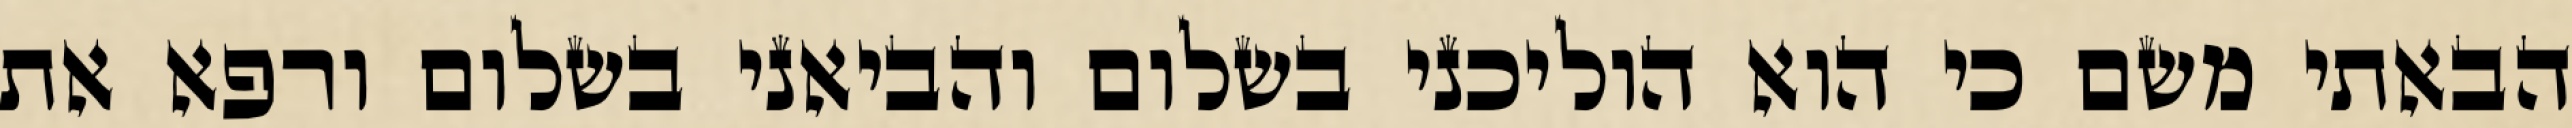
הבאתי משם כי הוא הוליכני בשלום והביאני בשלום ורפא את